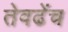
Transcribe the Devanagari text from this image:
तेवढेंच